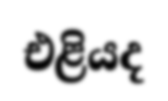
එළියද